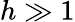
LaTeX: h\gg 1